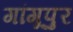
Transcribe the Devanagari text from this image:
गांगूपुर